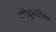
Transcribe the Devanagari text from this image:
कोचूपरम्बिल